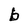
Character: b